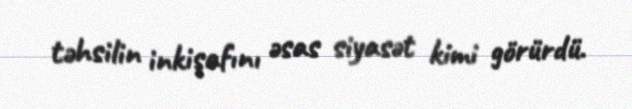
təhsilin inkişafını əsas siyasət kimi görürdü.